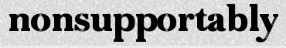
nonsupportably